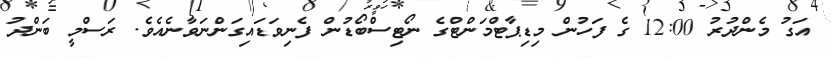
އަގު މެންދުރު 12:00 ގެ ފަހުން މިޑިޕާޓްމަންޓްގެ ނޯޓިސްބޯޑުން ފެނިވަޑައިގަންނަވާނެއެވެ. ރަސްމީ ބަންދު